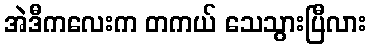
အဲဒီကလေးက တကယ် သေသွားပြီလား